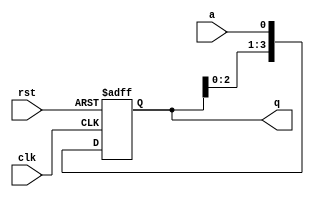
module sipo(a,clk,rst,q);
input clk,rst;
input a;
output [3:0]q;
wire [3:0]q;
reg [3:0]temp;
always@(posedge clk,posedge rst)
begin
if(rst==1'b1)
temp<=4'b0000;
else
begin
temp<=temp<<1'b1;
temp[0]<=a;
end
end
assign q=temp;
endmodule